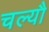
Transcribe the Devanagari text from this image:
चल्यौ